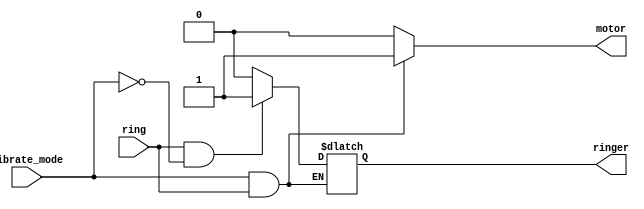
module top_module (
    input ring,
    input vibrate_mode,
    output ringer,       // Make sound
    output motor         // Vibrate
);
    always @(*) begin
        if(vibrate_mode&ring) motor=1;
        else if(ring&~vibrate_mode) begin
        motor=0;
        ringer=1;
    end
    else begin
        motor=0;
        ringer=0;
    end
    end
endmodule